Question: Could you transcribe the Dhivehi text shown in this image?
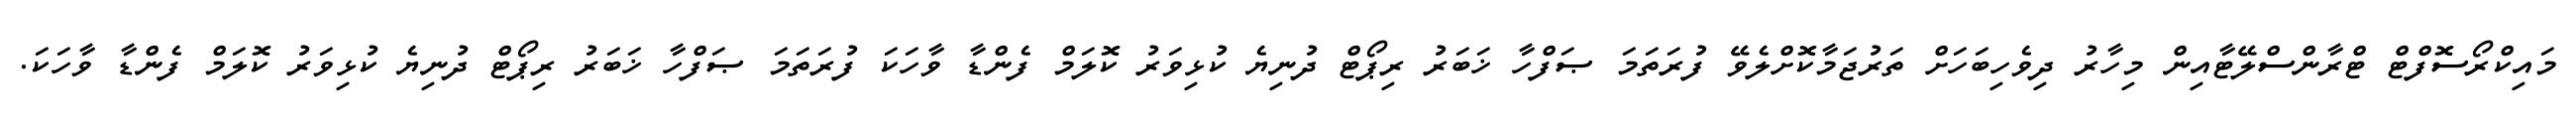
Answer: މައިކްރޯސޮފްޓް ޓްރާންސްލޭޓާއިން މިހާރު ދިވެހިބަހަށް ތަރުޖަމާކޮށްލެވޭ ފުރަތަމަ ޞަފްހާ ޚަބަރު ރިޕޯޓް ދުނިޔެ ކުޅިވަރު ކޮލަމް ފެންޑާ ވާހަކަ ފުރަތަމަ ޞަފްހާ ޚަބަރު ރިޕޯޓް ދުނިޔެ ކުޅިވަރު ކޮލަމް ފެންޑާ ވާހަކަ.